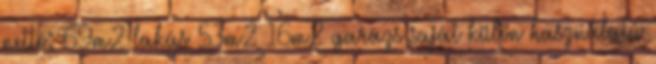
nettó: 69m2 lakás 53m2 16m2 garázs saját külön használatú